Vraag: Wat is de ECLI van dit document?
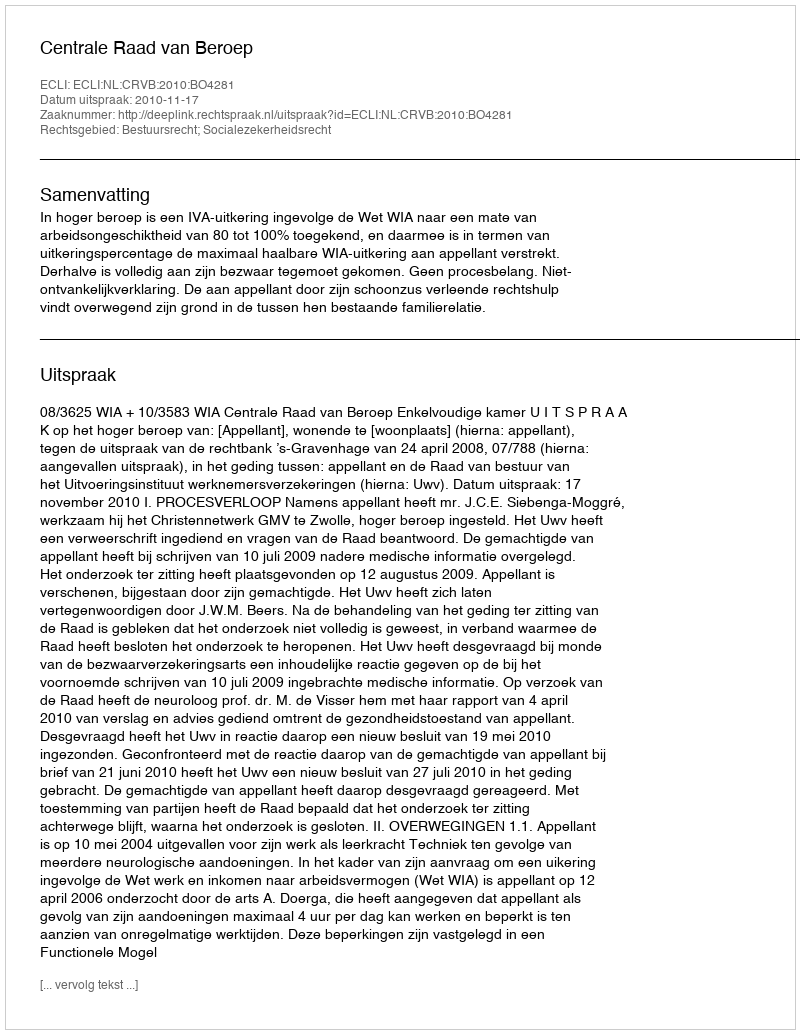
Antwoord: ECLI:NL:CRVB:2010:BO4281